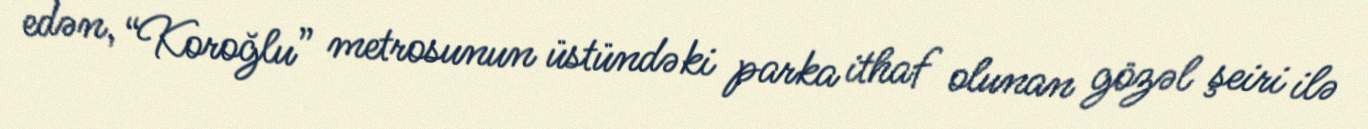
edən, “Koroğlu” metrosunun üstündəki parka ithaf olunan gözəl şeiri ilə